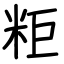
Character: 粔